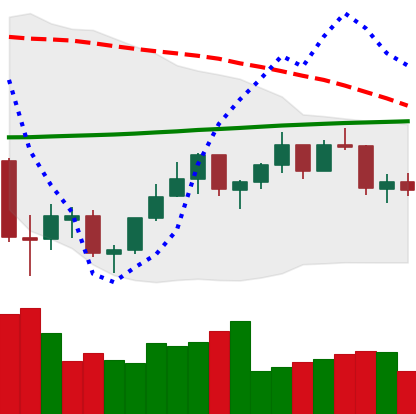
Ticker: ETH-USD
Chart end date: 2021-07-10
Forward return: -9.483%
Label: down_7plus